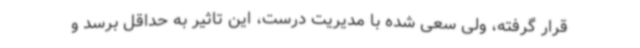
قرار گرفته، ولی سعی شده با مدیریت درست، این تاثیر به حداقل برسد و